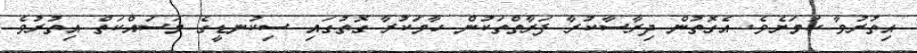
އިތުރުވާ ކަމަށެވެ. އެގޮތުން ދިރާސާކުރާ ފަރާތްތަކުން ހާމަކުރާ ގޮތުގައި ސިކުނޑީގެ މަސައްކަތް އިތުރުވެ